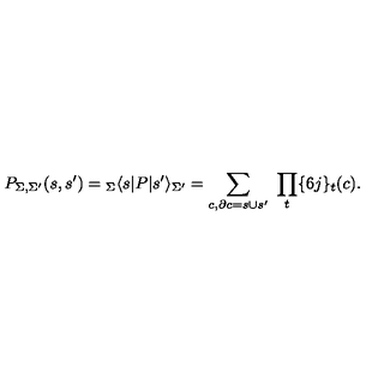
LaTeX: P _ { \Sigma , \Sigma ^ { \prime } } ( s , s ^ { \prime } ) = { } _ { \Sigma } \langle s | P | s ^ { \prime } \rangle _ { \Sigma ^ { \prime } } = \sum _ { c , \partial c = s \cup s ^ { \prime } } \ \prod _ { t } \{ 6 j \} _ { t } ( c ) .